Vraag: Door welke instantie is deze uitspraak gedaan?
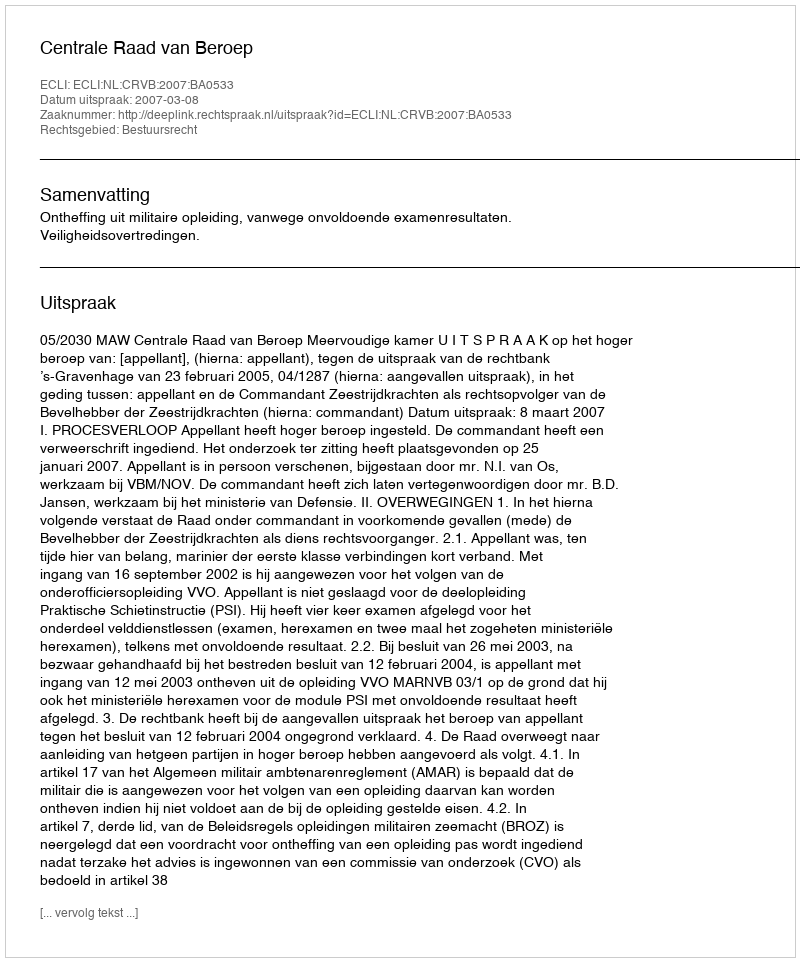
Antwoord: Centrale Raad van Beroep